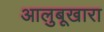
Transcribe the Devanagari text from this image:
आलुबूखारा